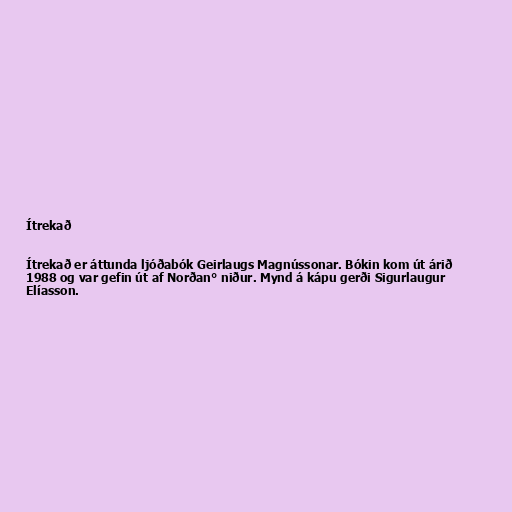
Ítrekað

Ítrekað er áttunda ljóðabók Geirlaugs Magnússonar. Bókin kom út árið
1988 og var gefin út af Norðan° niður. Mynd á kápu gerði Sigurlaugur
Elíasson.